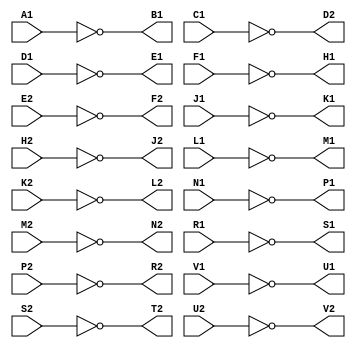
// M111 - 16 inverters
// Kyle Owen - 9 March 2021

module m111 (
	input A1,
	output B1,
	input C1,
	input D1,
	output E1,
	input F1,
	output H1,
	input J1,
	output K1,
	input L1,
	output M1,
	input N1,
	output P1,
	input R1,
	output S1,
	//inout T1,  // ground
	output U1,
	input V1,

	//inout A2,  // +5V
	//inout B2,  // -15V (not used)
	//inout C2,  // ground
	output D2,
	input E2,
	output F2,
	input H2,
	output J2,
	input K2,
	output L2,
	input M2,
	output N2,
	input P2,
	output R2,
	input S2,
	output T2,
	input U2,
	output V2
	);

assign B1 = !A1;
assign D2 = !C1;
assign E1 = !D1;
assign H1 = !F1;
assign F2 = !E2;
assign K1 = !J1;
assign J2 = !H2;
assign M1 = !L1;
assign L2 = !K2;
assign P1 = !N1;
assign N2 = !M2;
assign S1 = !R1;
assign R2 = !P2;
assign U1 = !V1;
assign T2 = !S2;
assign V2 = !U2;

endmodule